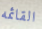
القائمه